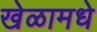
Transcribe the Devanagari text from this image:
खेळामधे